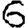
Digit: 6